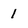
Character: 1